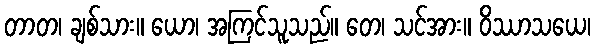
တာတ၊ ချစ်သား။ ယော၊ အကြင်သူသည်။ တေ၊ သင်အား။ ဝိဿာသယေ၊